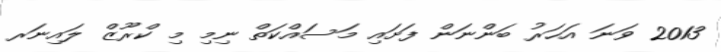
2013 ވަނަ އަހަރު ބަންނަން ފަށައި މަސައްކަތް ނިމި މި ކްރޫޒް ލައިނަރ